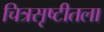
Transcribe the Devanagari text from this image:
चित्रसृष्टीतला